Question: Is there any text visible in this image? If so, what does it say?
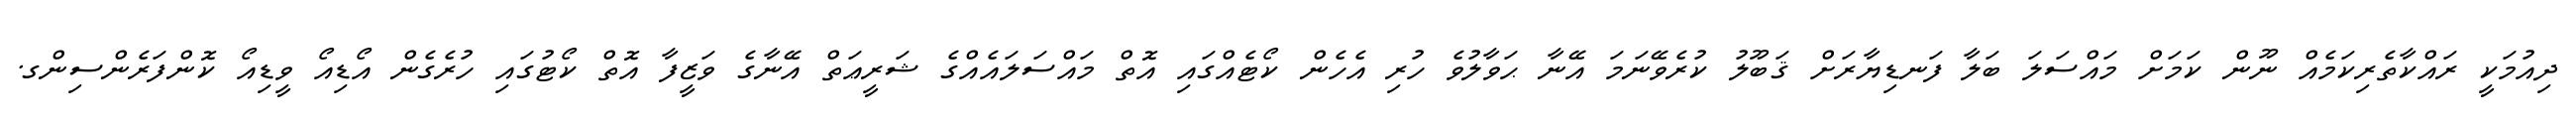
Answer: ދިއުމަކީ ރައްކާތެރިކަމެއް ނޫން ކަމަށް މައްސަލަ ބަލާ ފަނޑިޔާރަށް ޤަބޫލު ކުރެވޭނަމަ އޭނާ ޙަވާލުވެ ހުރި އެހެން ކޯޓެއްގައި އޮތް މައްސަލައެއްގެ ޝަރީޢަތް އޭނާގެ ވަޒީފާ އޮތް ކޯޓުގައި ހުރެގެން އޯޑިއޯ ވީޑިއޯ ކޮންފަރެންސިންގ.